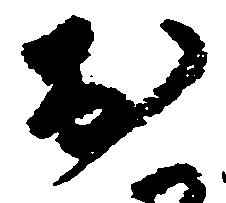
於